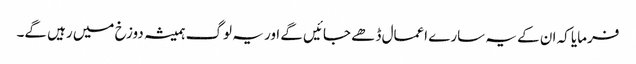
فرمایا کہ ان کے یہ سارے اعمال ڈھے جائیں گے اور یہ لوگ ہمیشہ دوزخ میں رہیں گے۔